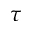
\tau